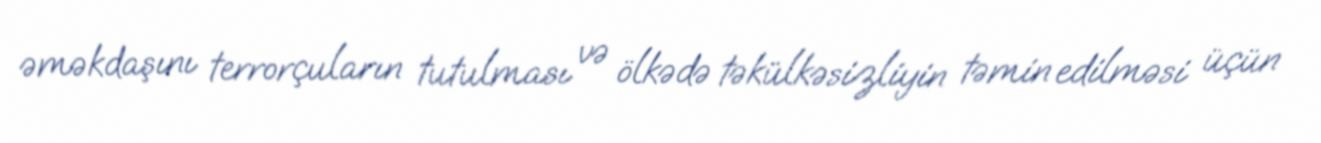
əməkdaşını terrorçuların tutulması və ölkədə təkülkəsizliyin təmin edilməsi üçün